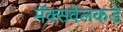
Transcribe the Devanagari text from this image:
मॅक्सवेलकडे